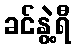
ခင်နွဲ့ရီ